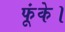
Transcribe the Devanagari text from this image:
फूंके।